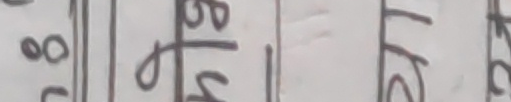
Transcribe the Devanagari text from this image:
२8 blg रता